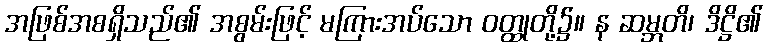
အဖြစ်အစရှိသည်၏ အစွမ်းဖြင့် မကြားအပ်သော ဝတ္ထုတို့၌။ န ဆမ္ဘတိ၊ ဒိဋ္ဌိ၏